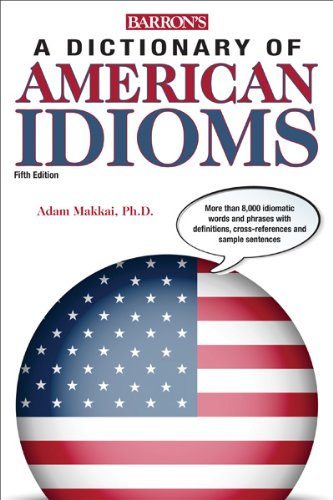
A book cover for Dictionary of American Idioms (Barron's Dictionary of American Idioms); Adam Makkai; Reference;